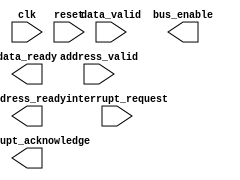
module ahb_timing_controller (
    input wire clk, // Input clock signal
    input wire reset, // Input reset signal
    
    // Input signals for controlling data transfers and addressing
    input wire data_valid,
    input wire address_valid,
    input wire interrupt_request,
    
    // Output signals for synchronization and control
    output reg bus_enable,
    output reg data_ready,
    output reg address_ready,
    output reg interrupt_acknowledge
);

// Clock generation module
always @(posedge clk or posedge reset) begin
    if (reset) begin
        // Reset logic for clock generation
    end else begin
        // Clock generation logic
    end
end

// Data transfer and addressing control module
always @(posedge clk or posedge reset) begin
    if (reset) begin
        // Reset logic for data transfers and addressing
    end else begin
        // Data transfer and addressing control logic
    end
end

// Interrupt handling module
always @(posedge clk or posedge reset) begin
    if (reset) begin
        // Reset logic for interrupt handling
    end else begin
        // Interrupt handling logic
    end
end

endmodule